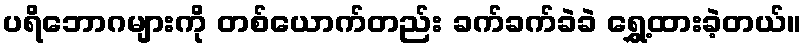
ပရိဘောဂများကို တစ်ယောက်တည်း ခက်ခက်ခဲခဲ ရွှေ့ထားခဲ့တယ်။